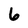
Character: 6